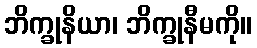
ဘိက္ခုနိယာ၊ ဘိက္ခုနီမကို။